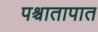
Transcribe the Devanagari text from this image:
पश्र्चातापात